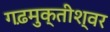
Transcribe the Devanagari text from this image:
गढ़मुक्तीश्वर